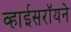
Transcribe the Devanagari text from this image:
व्हाईसरॉयने